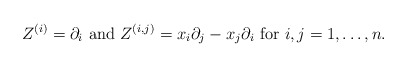
\begin{align*} Z^{(i)} =\partial_i \mbox{ and } Z^{(i,j)}= x_i \partial_j - x_j \partial_i \mbox{ for }i, j=1,\dots, n.\end{align*}